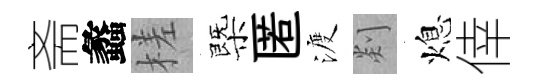
斋蠡槎㮣匿渡剡熄倖